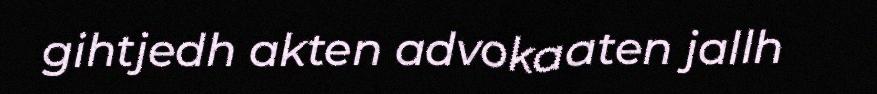
gihtjedh akten advokaaten jallh